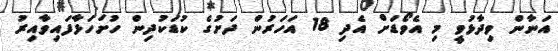
އަނާން ވިދާޅުވީ މި އެވޯޑަށް އެދި 18 އަހަރުން ދަށުގެ ކުޑަކުދިން ހުށަހަޅާފައިވާއިރު